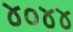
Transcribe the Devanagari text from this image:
४०४४